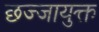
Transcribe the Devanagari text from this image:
छज्जायुक्त